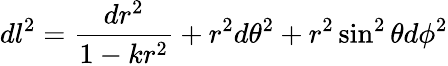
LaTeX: dl^{2}={\frac{dr^{2}}{1-k{r^{2}}}}+r^{2}d\theta^{2}+r^{2}\sin^{2}\theta d\phi^{2}